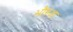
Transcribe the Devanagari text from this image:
भौरुआ